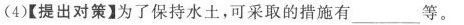
4)【提出对策】为了保持水土，可采取的措施有\underline等。